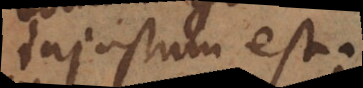
injustum est.